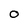
Character: O